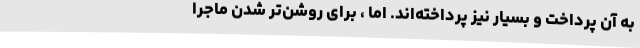
به آن پرداخت و بسیار نیز پرداخته‌اند. اما ، برای روشن‌تر شدن ماجرا